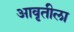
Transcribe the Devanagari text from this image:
आवृतीला